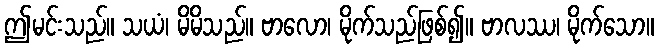
ဤမင်းသည်။ သယံ၊ မိမိသည်။ ဗာလော၊ မိုက်သည်ဖြစ်၍။ ဗာလဿ၊ မိုက်သော။